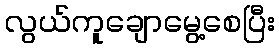
လွယ်ကူချောမွေ့စေပြီး